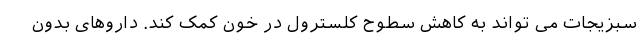
سبزیجات می تواند به کاهش سطوح کلسترول در خون کمک کند. داروهای بدون